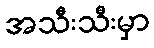
အသီးသီးမှာ